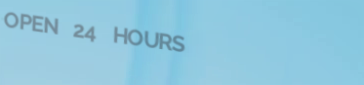
OPEN 24 HOURS